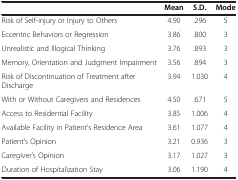
|  | Mean | S.D. | Mode |
 | --- | --- | --- | --- |
 | Risk of Self-injury or Injury to Others | 4.90 | .296 | 5 |
 | Eccentric Behaviors or Regression | 3.86 | .800 | 3 |
 | Unrealistic and Illogical Thinking | 3.76 | .893 | 3 |
 | Memory, Orientation and Judgment Impairment | 3.56 | .894 | 3 |
 | Risk of Discontinuation of Treatment after Discharge | 3.94 | 1.030 | 4 |
 | With or Without Caregivers and Residences | 4.50 | .671 | 5 |
 | Access to Residential Facility | 3.85 | 1.006 | 4 |
 | Available Facility in Patient’s Residence Area | 3.61 | 1.077 | 4 |
 | Patient’s Opinion | 3.21 | 0.936 | 3 |
 | Caregiver’s Opinion | 3.17 | 1.027 | 3 |
 | Duration of Hospitalization Stay | 3.06 | 1.190 | 4 |